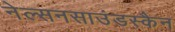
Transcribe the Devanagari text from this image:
नेल्सनसाउंडस्कैन